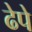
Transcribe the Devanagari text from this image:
ढेपे